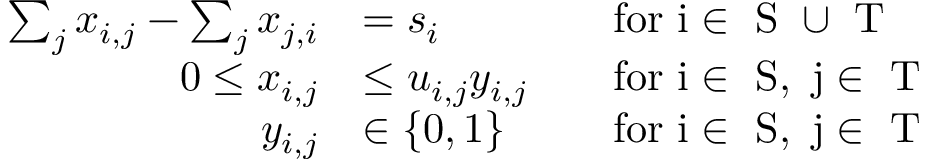
\begin{array} { r l r l } { \sum _ { j } x _ { i , j } - \sum _ { j } x _ { j , i } } & { = s _ { i } } & & { \mathrm { f o r ~ i \in ~ S ~ \cup ~ T ~ } } \\ { 0 \le x _ { i , j } } & { \le u _ { i , j } y _ { i , j } } & & { \mathrm { f o r ~ i \in ~ S , \ j \in ~ T ~ } } \\ { y _ { i , j } } & { \in \{ 0 , 1 \} } & & { \mathrm { f o r ~ i \in ~ S , \ j \in ~ T ~ } } \end{array}